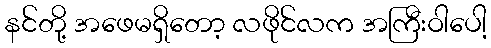
နင်တို့ အဖေမရှိတော့ လဖိုင်လက အကြီးဝါပေါ့